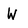
Character: W